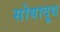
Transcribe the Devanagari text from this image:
सोयादूध